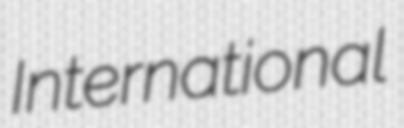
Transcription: International